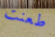
طعنت